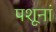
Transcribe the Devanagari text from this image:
पशूनां